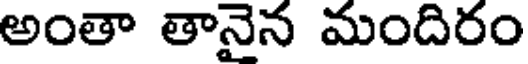
అంతా తానైన మందిరం